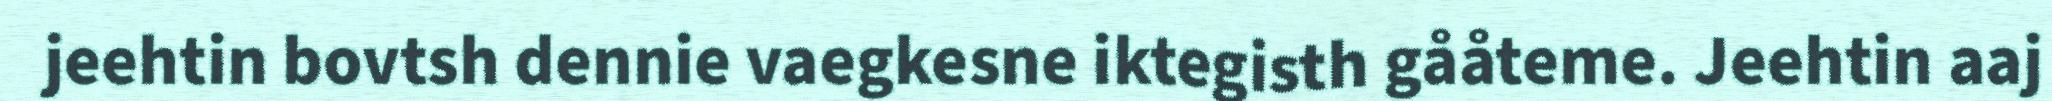
jeehtin bovtsh dennie vaegkesne iktegisth gååteme. Jeehtin aaj